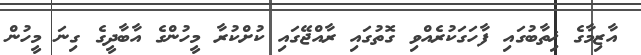
އާޒިމާގެ ޚިތާބުގައި ފާހަގަކުރެއްވި ގޮތުގައި ރާއްޖޭގައި ކުށްކުރާ މީހުންގެ އާބާދީގެ ގިނަ މީހުން